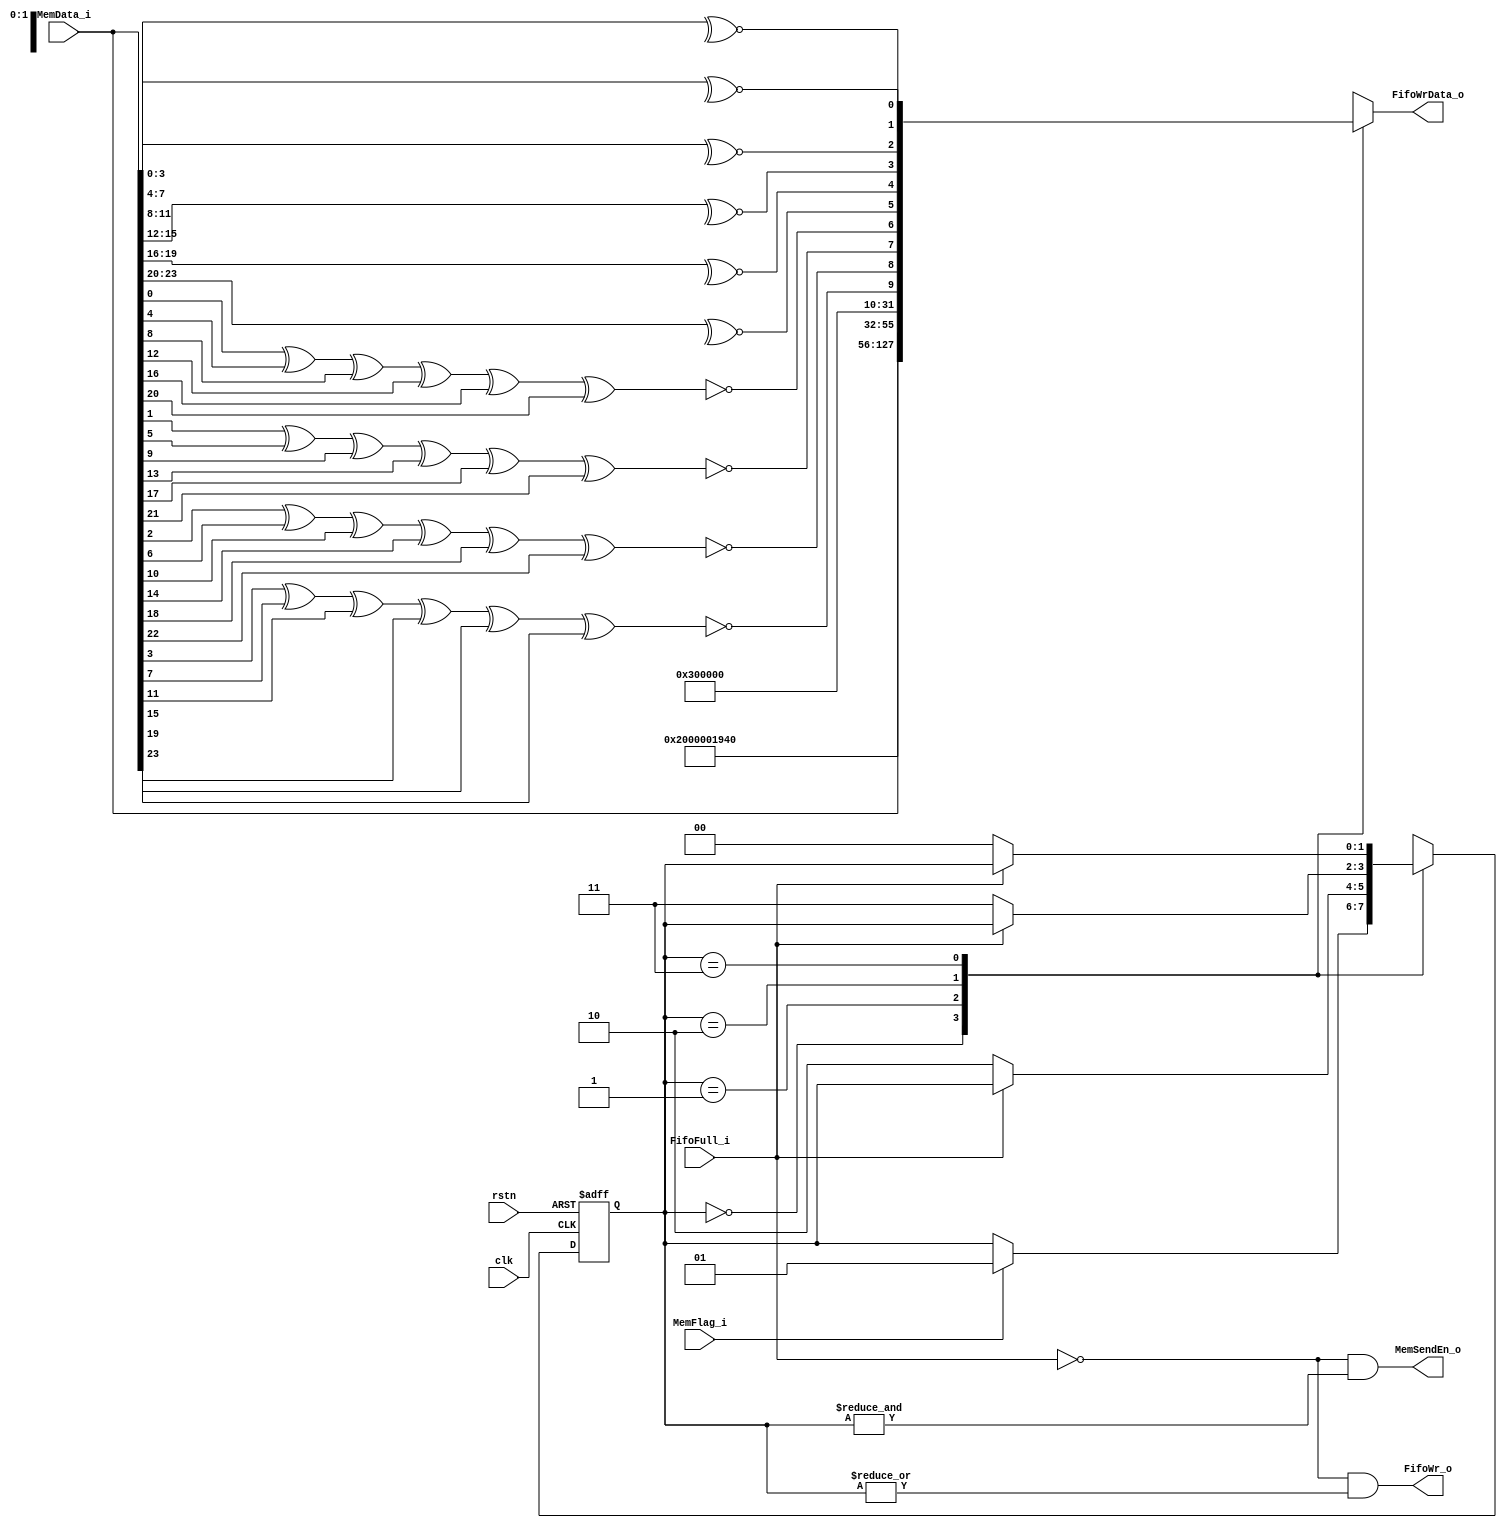
module  MemoryNI #(
    parameter                       ID = 5'h0
)   (
    input   wire                    clk,
    input   wire                    rstn,

    input   wire                    MemFlag_i,
    input   wire    [23:0]          MemData_i,
    output  wire                    MemSendEn_o,

    input   wire                    FifoFull_i,
    output  wire                    FifoWr_o,
    output  reg     [31:0]          FifoWrData_o
);

localparam  IDLE    =   2'b00;
localparam  HEAD    =   2'b01;
localparam  BODY    =   2'b10;
localparam  TAIL    =   2'b11;

reg     [1:0]   StateCr = IDLE;
reg     [1:0]   StateNxt;

always@(posedge clk or negedge rstn) begin
    if(~rstn)
        StateCr <=  IDLE;
    else
        StateCr <=  StateNxt;
end

always@(*) begin
    case(StateCr)
        IDLE : begin
            if(MemFlag_i)
                StateNxt    =   HEAD;
            else
                StateNxt    =   StateCr;
        end HEAD : begin
            if(~FifoFull_i)
                StateNxt    =   BODY;
            else
                StateNxt    =   StateCr;
        end BODY : begin
            if(~FifoFull_i)
                StateNxt    =   TAIL;
            else
                StateNxt    =   StateCr;
        end TAIL : begin
            if(~FifoFull_i)
                StateNxt    =   IDLE;
            else
                StateNxt    =   StateCr;
        end default : begin
            StateNxt    =   IDLE;
        end
    endcase
end

assign  FifoWr_o    =   ~FifoFull_i &   |StateCr;

wire    [9:0]   Check;

assign  Check[0]    =   ~^MemData_i[3:0];
assign  Check[1]    =   ~^MemData_i[7:4];
assign  Check[2]    =   ~^MemData_i[11:8];
assign  Check[3]    =   ~^MemData_i[15:12];
assign  Check[4]    =   ~^MemData_i[19:16];
assign  Check[5]    =   ~^MemData_i[23:20];
assign  Check[6]    =   ~(MemData_i[0] ^ MemData_i[4] ^ MemData_i[8] ^ MemData_i[12] ^ MemData_i[16] ^ MemData_i[20]);
assign  Check[7]    =   ~(MemData_i[1] ^ MemData_i[5] ^ MemData_i[9] ^ MemData_i[13] ^ MemData_i[17] ^ MemData_i[21]);
assign  Check[8]    =   ~(MemData_i[2] ^ MemData_i[6] ^ MemData_i[10] ^ MemData_i[14] ^ MemData_i[18] ^ MemData_i[22]);
assign  Check[9]    =   ~(MemData_i[3] ^ MemData_i[7] ^ MemData_i[11] ^ MemData_i[15] ^ MemData_i[19] ^ MemData_i[23]);

always@(*) begin
    case(StateCr)
        IDLE    :   
            FifoWrData_o    =   32'b0;
        HEAD    :
            FifoWrData_o    =   {2'b00,1'b1,19'b0,ID,5'd25};
        BODY    :
            FifoWrData_o    =   {2'b01,6'b0,MemData_i};
        TAIL    :
            FifoWrData_o    =   {2'b11,20'b0,Check};
        default :
            FifoWrData_o    =   32'b0;
    endcase
end

assign  MemSendEn_o =   ~FifoFull_i &   &StateCr;

endmodule